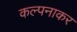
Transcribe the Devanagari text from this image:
कल्पनाकर